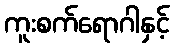
ကူးစက်ရောဂါနှင့်